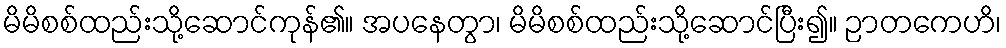
မိမိစစ်ထည်းသို့ဆောင်ကုန်၏။ အပနေတွာ၊ မိမိစစ်ထည်းသို့ဆောင်ပြီး၍။ ဉာတကေဟိ၊